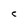
Character: C